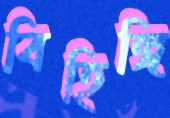
বিহিঙ্গি